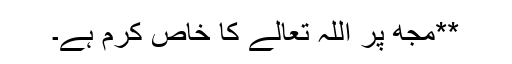
**مجھ پر اللہ تعالےٰ کا خاص کرم ہے۔